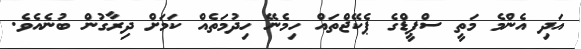
އަދި އެންމެ މަތީ ސްޕީޑްގެ ޕެކޭޖްތައް ހިމެނޭ ހިދުމަތެއް ކަމަށް ދިރާގުން ބުނެއެވެ.